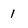
Character: 1